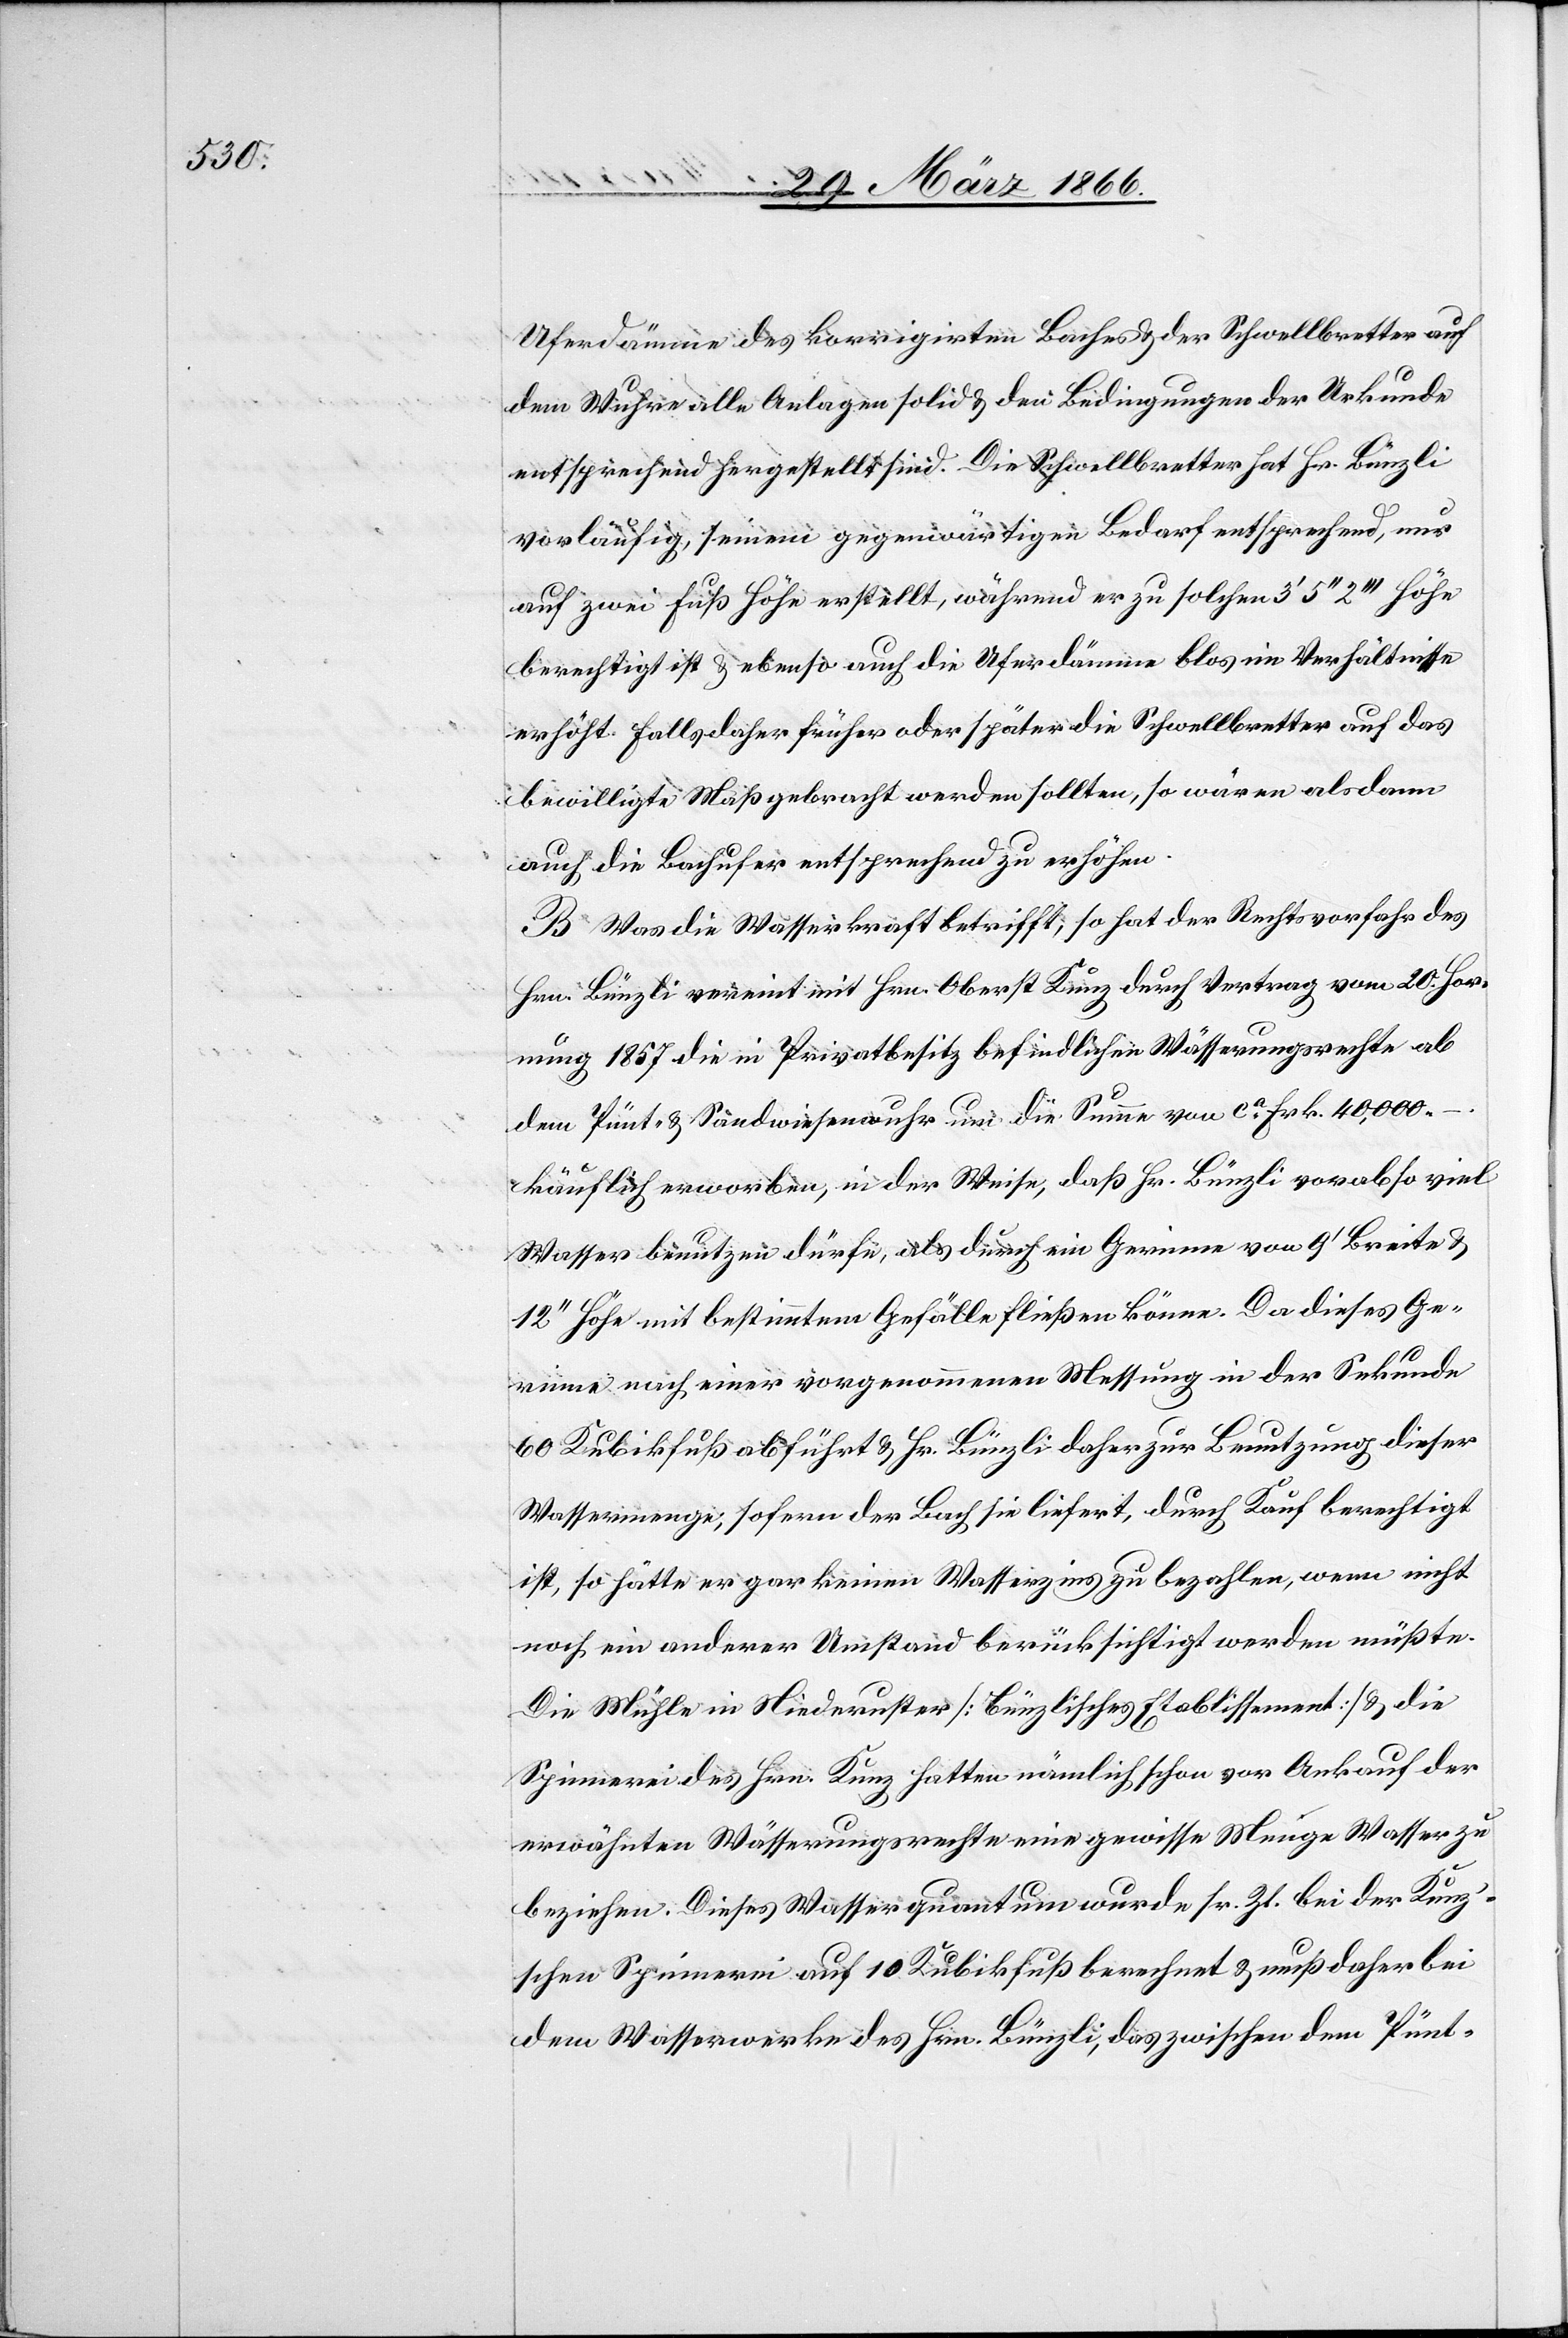
Uferdämme des korrigirten Baches u. der Schwellbretter auf
dem Wuhre alle Anlagen solid u. den Bedingungen der Urkunde
entsprechend hergestellt sind. Die Schwellbretter hat Hr. Bünzli
vorläufig, seinem gegenwärtigen Bedarf entsprechend, nur
auf zwei Fuß Höhe erstellt, während er zu solchen 3‘ 5‘‘ 2‘‘‘ Höhe
berechtigt ist u. ebenso auch die Uferdämme blos im Verhältnisse
erhöht. Falls daher früher oder später die Schwellbretter auf das
bewilligte Maß gebracht werden sollten, so wären alsdann
auch die Bachufer entsprechend zu erhöhen.
B. Was die Wasserkraft betrifft, so hat der Rechtsvorfahr des
Hrn. Bünzli vereint mit Hrn. Oberst Kunz durch Vertrag vom 20. Hor¬
nung 1857 die in Privatbesitz befindlichen Wässerungsrechte ab
dem Pünt- u. Sandwiesenwuhr um die Summe von ca. Frk. 40 000,–.
käuflich erworben, in der Weise, daß Hr. Bünzli vorab so viel
Wasser benutzen dürfe, als durch ein Gerinne von 9‘ Breite u.
12‘ Höhe mit bestimmtem Gefälle fließen könne. Da dieses Ge¬
rinne nach einer vorgenommenen Messung in der Sekunde
60 Kubikfuß abführt u. Hr. Bünzli daher zur Benutzung dieser
Wassermenge, sofern der Bach sie liefert, durch Kauf berechtigt
ist, so hätte er gar keinen Wasserzins zu bezahlen, wenn nicht
noch ein anderer Umstand berücksichtigt werden müßte.
Die Mühle in Niederuster [Bünzlisches Etablissement] u. die
Spinnerei des Hrn. Kunz hatten nämlich schon vor Ankauf der
erwähnten Wässerungsrechte eine gewisse Menge Wasser zu
beziehen. Dieses Wasserquantum wurde sr. Zt. bei der Kun¬
z’schen Spinnerei auf 10 Kubikfuß berechnet u. muß daher bei
dem Wasserwerke des Hrn. Bünzli, das zwischen dem Pünt-